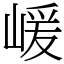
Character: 嵈